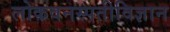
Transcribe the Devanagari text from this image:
लोकवनस्पतीविज्ञान